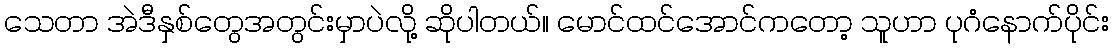
သေတာ အဲဒီနှစ်တွေအတွင်းမှာပဲလို့ ဆိုပါတယ်။ မောင်ထင်အောင်ကတော့ သူဟာ ပုဂံနောက်ပိုင်း